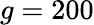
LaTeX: g=200